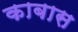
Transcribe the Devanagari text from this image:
काबास